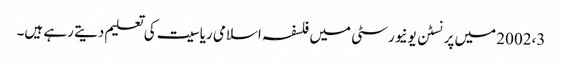
2002،3 میں پرنسٹن یونیورسٹی میں فلسفہ اسلامی ریاسیت کی تعلیم دیتے رہے ہیں۔